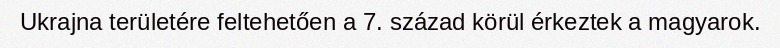
Ukrajna területére feltehetően a 7. század körül érkeztek a magyarok.